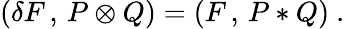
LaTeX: (\delta F\, ,\, P\otimes Q)=(F\, ,\, P*Q)\ .